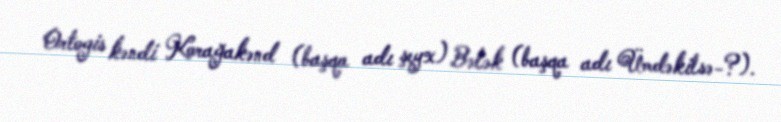
Ortogis kəndi Korağakənd (başqa adı şeyx) Bələk (başqa adı Ümdəkilsə-?).